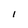
Character: I